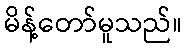
မိန့်တော်မူသည်။